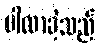
ပါလာခဲ့သည်